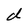
Character: d